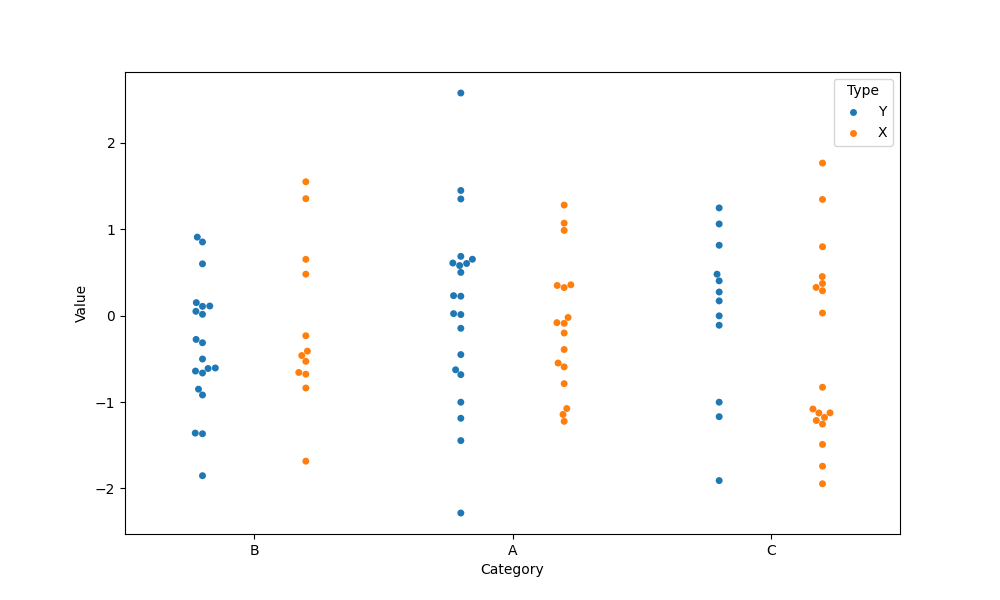
python, seaborn, swarmplot, dodge=True, alpha=1.0, size=5